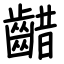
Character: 齰